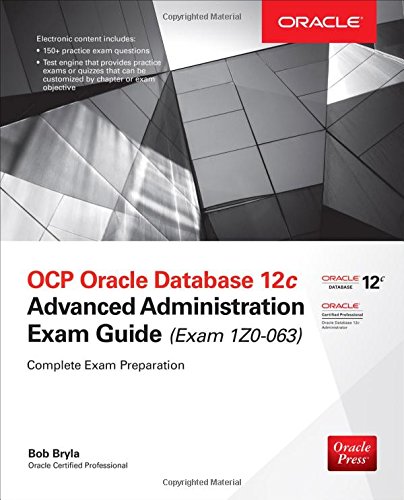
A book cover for OCP Oracle Database 12c Advanced Administration Exam Guide (Exam 1Z0-063) (Oracle Press); Bob Bryla; Computers & Technology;